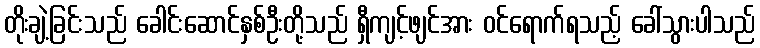
တိုးချဲ့ခြင်းသည် ခေါင်းဆောင်နှစ်ဦးတို့သည် ရှီကျင့်ဖျင်အား ဝင်ရောက်ရသည့် ခေါ်သွားပါသည်